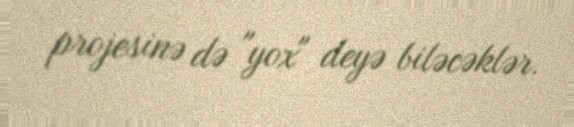
projesinə də "yox" deyə biləcəklər.